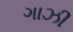
ગાઝી